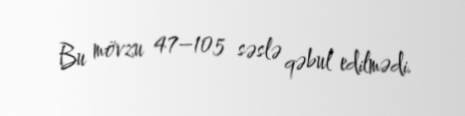
Bu mövzu 47–105 səslə qəbul edilmədi.